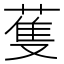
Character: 蒦